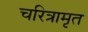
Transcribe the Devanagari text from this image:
चरित्रामृत